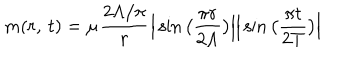
m ( r , { \kern 2 p t } t ) = \mu \frac { 2 \Lambda / \pi } { r } \Big | \sin \big ( \frac { \pi r } { 2 \Lambda } \big ) \Big | \Big | \sin \big ( \frac { \pi t } { 2 T } \big ) \Big |